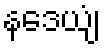
နဒေယျံ